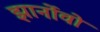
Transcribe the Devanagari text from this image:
झार्नोवो